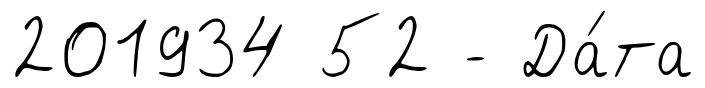
201934 52 - Да́та